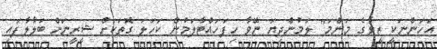
އަހަންނަކީ ޒީވާގެ މަންމަ" ލަމުންދިޔަ ނޭވާ ހިފަހައްޓާލަމުން ކަހަލަ ގޮތަކަށް ޝީރީނަށް ބަލާލާފައި